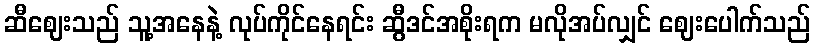
ဆီဈေးသည် သူ့အနေနဲ့ လုပ်ကိုင်နေရင်း ဆွီဒင်အစိုးရက မလိုအပ်လျှင် ဈေးပေါက်သည်